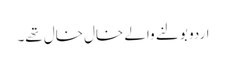
اردو بولنے والے خال خال تھے۔